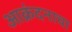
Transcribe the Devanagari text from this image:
आक्रंदनाचा